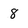
Character: 8